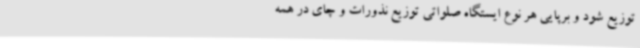
توزیع شود و برپایی هر نوع ایستگاه صلواتی توزیع نذورات و چای در همه